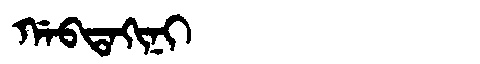
Manchu: ᡤᠠᠪᡨᠠᡴᡳᠨᡳ
Romanization: GABTAKINI